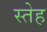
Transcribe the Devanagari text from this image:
स्तेह